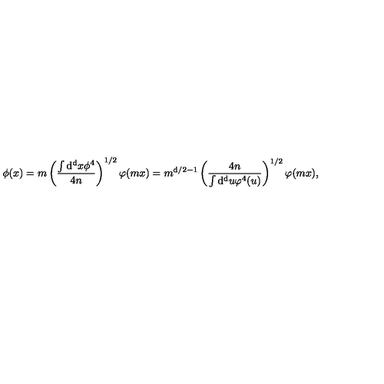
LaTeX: \phi ( x ) = m \left( { \frac { \int \mathrm { d ^ { d } } x \phi ^ { 4 } } { 4 n } } \right) ^ { 1 / 2 } \varphi ( m x ) = m ^ { \mathrm { d } / 2 - 1 } \left( { \frac { 4 n } { \int \mathrm { d ^ { d } } u \varphi ^ { 4 } ( u ) } } \right) ^ { 1 / 2 } \varphi ( m x ) ,